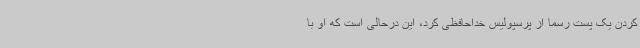
کردن یک پست رسما از پرسپولیس خداحافظی کرد، این درحالی است که او با